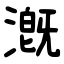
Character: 漑